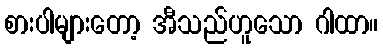
စားပါများတော့ အီသည်ဟူသော ဂါထာ။